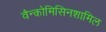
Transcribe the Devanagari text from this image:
वैन्कोमिसिनशामिल